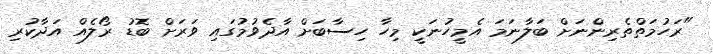
"ރަހުމަތްތެރިންނަށް ބަލާނަމަ އެމީހުނަކީ މިހާ ހިސާބަށް އާދެވުމުގައި ވަރަށް ބޮޑު ރޯލެއް އަދާކުރި